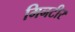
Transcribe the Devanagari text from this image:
मिनटीर